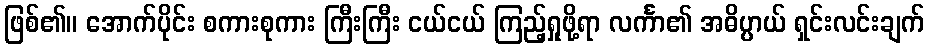
ဖြစ်၏။ အောက်ပိုင်း စကားစုကား ကြီးကြီး ငယ်ငယ် ကြည့်ရှုဖို့ရာ လင်္ကာ၏ အဓိပ္ပာယ် ရှင်းလင်းချက်